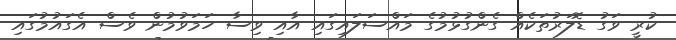
ކުރީ ވަގު ޑޮލަރުތަކެއް ގެންގުޅުމުގެ މައްސަލައިގައި އާއި ވިސާ ހަމަވުމުން ވެސް އެގައުމުގައި